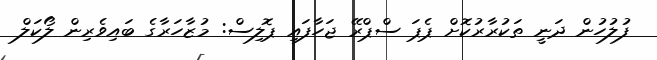
ފުލުހުން ދަނީ ތަކުރާރުކޮށް ޕެޕަ ސްޕްރޭ ޖަހާފައި ޕޮލިސް: މުޒާހަރާގެ ބައިވެރިން ލޯކަލް